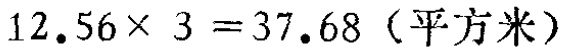
\(12.56\times 3 = 37.68 \text{（平方米）}\)